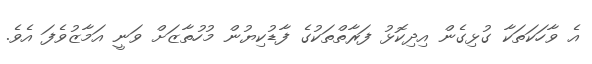
އެ ވާހަކަތަކާ ގުޅިގެން އިދިކޮޅު ފަރާތްތަކުގެ ފާޑުކިޔުން މުހުތާޒަށް ވަނީ އަމާޒުވެފަ އެވެ.